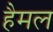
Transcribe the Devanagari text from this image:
हैमल